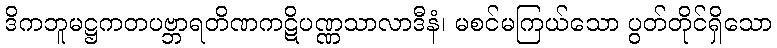
ဒိကဘူမဋ္ဌကတပဗ္ဘာရတိဏကဋိပဏ္ဏသာလာဒီနံ၊ မစင်မကြယ်သော ပွတ်တိုင်ရှိသော